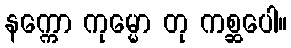
နက္ကော ကုမ္မော တု ကစ္ဆပေါ။